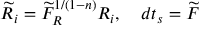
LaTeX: \widetilde { R } _ { i } = \widetilde { F } _ { R } ^ { 1 / ( 1 - n ) } R _ { i } , \quad d t _ { s } = \widetilde { F }